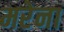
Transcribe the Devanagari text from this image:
मरेना